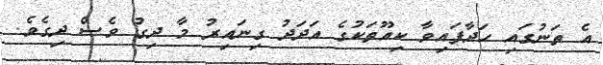
އެ ތަނުގައި ހަދާފައިވާ ކިއޫތަކުގެ އަދަދު ގިނައިރު މާ ދިގު ވެސް ދިގެވެ.